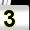
Digit: 3